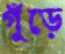
গুঁড়ে